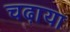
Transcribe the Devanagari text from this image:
चढा़या